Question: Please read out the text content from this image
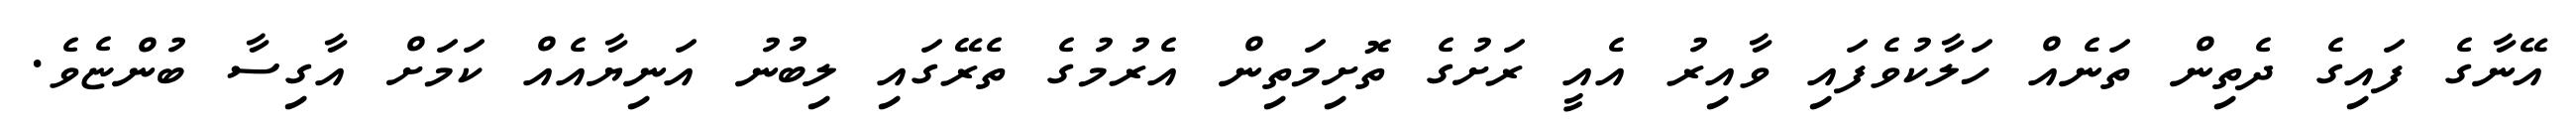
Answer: އޭނާގެ ފައިގެ ދެތިން ތަނެއް ހަލާކުވެފައި ވާއިރު އެއީ ރަށުގެ ތޮށިމަތިން އެރުމުގެ ތެރޭގައި ލިބުނު އަނިޔާއެއް ކަމަށް އާގިސާ ބުންޏެވެ.